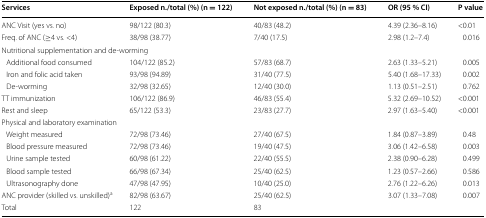
<table><thead><tr><td><b>Services</b></td><td><b>Exposed n./total (%) (n = 122)</b></td><td><b>Not exposed n./total (%) (n = 83)</b></td><td><b>OR (95 % CI)</b></td><td><b>P value</b></td></tr></thead><tbody><tr><td>ANC Visit (yes vs. no)</td><td>98/122 (80.3)</td><td>40/83 (48.2)</td><td>4.39 (2.36–8.16)</td><td>&lt;0.01</td></tr><tr><td>Freq. of ANC (≥4 vs. &lt;4)</td><td>38/98 (38.77)</td><td>7/40 (17.5)</td><td>2.98 (1.2–7.4)</td><td>0.016</td></tr><tr><td colspan="5">Nutritional supplementation and de-worming</td></tr><tr><td> Additional food consumed</td><td>104/122 (85.2)</td><td>57/83 (68.7)</td><td>2.63 (1.33–5.21)</td><td>0.005</td></tr><tr><td> Iron and folic acid taken</td><td>93/98 (94.89)</td><td>31/40 (77.5)</td><td>5.40 (1.68–17.33)</td><td>0.002</td></tr><tr><td> De-worming</td><td>32/98 (32.65)</td><td>12/40 (30.0)</td><td>1.13 (0.51–2.51)</td><td>0.762</td></tr><tr><td>TT immunization</td><td>106/122 (86.9)</td><td>46/83 (55.4)</td><td>5.32 (2.69–10.52)</td><td>&lt;0.001</td></tr><tr><td>Rest and sleep</td><td>65/122 (53.3)</td><td>23/83 (27.7)</td><td>2.97 (1.63–5.40)</td><td>&lt;0.001</td></tr><tr><td colspan="5">Physical and laboratory examination</td></tr><tr><td> Weight measured</td><td>72/98 (73.46)</td><td>27/40 (67.5)</td><td>1.84 (0.87–3.89)</td><td>0.48</td></tr><tr><td> Blood pressure measured</td><td>72/98 (73.46)</td><td>19/40 (47.5)</td><td>3.06 (1.42–6.58)</td><td>0.003</td></tr><tr><td> Urine sample tested</td><td>60/98 (61.22)</td><td>22/40 (55.5)</td><td>2.38 (0.90–6.28)</td><td>0.499</td></tr><tr><td> Blood sample tested</td><td>66/98 (67.34)</td><td>25/40 (62.5)</td><td>1.23 (0.57–2.66)</td><td>0.586</td></tr><tr><td> Ultrasonography done</td><td>47/98 (47.95)</td><td>10/40 (25.0)</td><td>2.76 (1.22–6.26)</td><td>0.013</td></tr><tr><td>ANC provider (skilled vs. unskilled)<sup>a</sup></td><td>82/98 (63.67)</td><td>25/40 (62.5)</td><td>3.07 (1.33–7.08)</td><td>0.007</td></tr><tr><td>Total</td><td>122</td><td>83</td><td></td><td></td></tr></tbody></table>